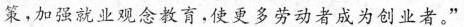
策，加强就业观念教育，使更多劳动者成为创业者。”